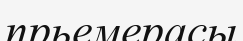
прьемерасы